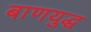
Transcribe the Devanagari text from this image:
बाणयुद्ध